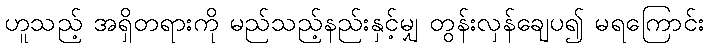
ဟူသည့် အရှိတရားကို မည်သည့်နည်းနှင့်မျှ တွန်းလှန်ချေပ၍ မရကြောင်း